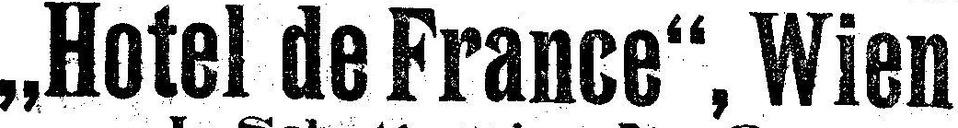
„Hotel de France“, Wien